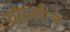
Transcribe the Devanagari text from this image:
ग्राम्सीचे